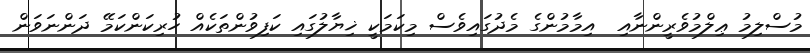
މުސްލިމު ޢިލްމުވެރީންނާއި  އިމާމުންގެ މެދުގައިވެސް މިކަމަކީ ޚިޔާލުގައި ކަފިވުންތަކެއް ހުރިކަންކަމޭ ދަންނަވަން